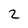
Character: 2